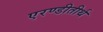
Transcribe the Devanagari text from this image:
एरण्डीतीर्थ